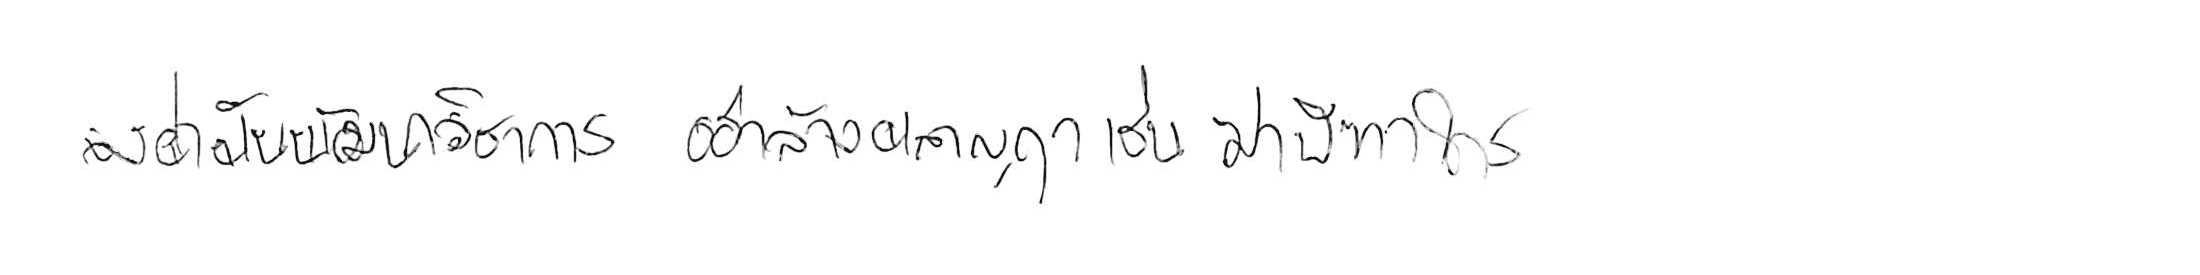
จงฝ่าฟันพัฒนาวิชาการ อย่าล้างผลาญฤๅเข่นฆ่าบีฑาใคร